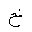
Letter: _kha